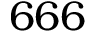
6 6 6